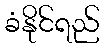
ခံနိုင်ရည်